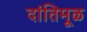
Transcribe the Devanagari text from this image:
दांतिमूळ